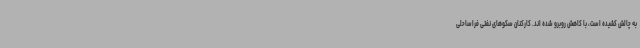
به چالش کشیده است، با کاهش روبرو شده اند. کارکنان سکوهای نفتی فراساحلی